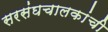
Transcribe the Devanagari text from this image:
सरसंघचालकांची